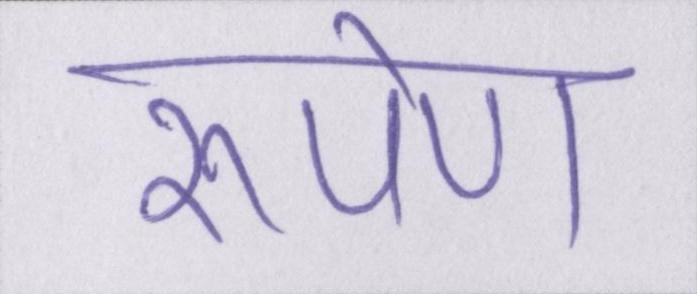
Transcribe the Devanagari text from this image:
रूपेण